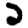
Digit: 2